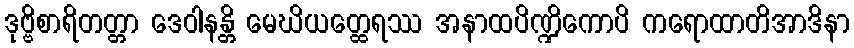
ဒုဗ္ဗိစာရိတတ္တာ ဒေဝါနန္တိ မေဃိယတ္ထေရဿ အနာထပိဏ္ဍိကောပိ ကရောထာတိအာဒိနာ